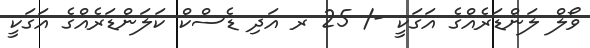
ވޯލް ލަންޑަރެއްގެ އަގަކީ -/ 25 ރ އަދި ޑެސްކް ކަލަންޑަރެއްގެ އަގަކީ